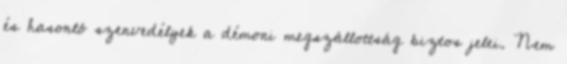
és hasonló szenvedélyek a démoni megszállottság biztos jelei. Nem